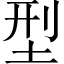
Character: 型